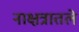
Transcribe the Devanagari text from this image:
नाक्षत्रातले